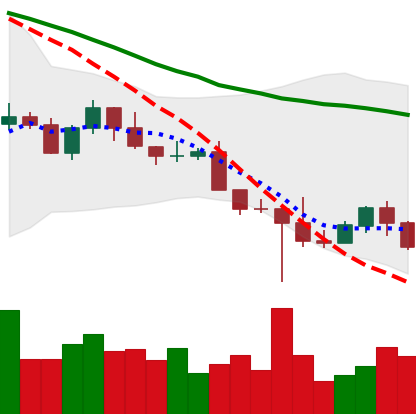
Ticker: NEO-USD
Chart end date: 2022-10-19
Forward return: 6.684%
Label: up_5_7